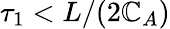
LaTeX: \tau_{1}<L/(2\mathbb{C}_{A})